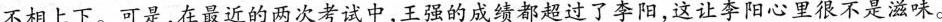
不相上下。可是，在最近的两次考试中，王强的成绩都超过了李阳，这让李阳心里很不是滋味。